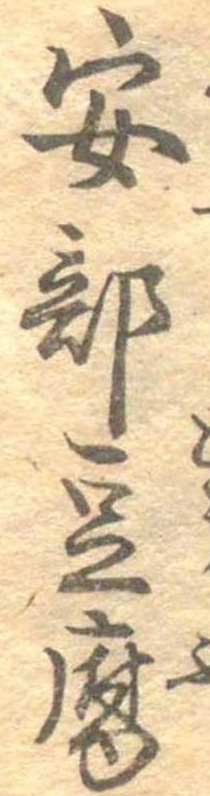
安部豆腐